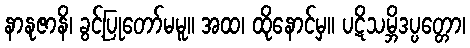
နာနုဇာနိ၊ ခွင့်ပြုတော်မမူ။ အထ၊ ထိုနောင်မှ။ ပဋိသမ္ဘိဒပ္ပတ္တော၊